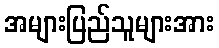
အများပြည်သူများအား